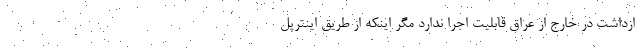
ازداشت در خارج از عراق قابلیت اجرا ندارد مگر اینکه از طریق اینترپل